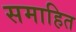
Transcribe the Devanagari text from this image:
समाहित